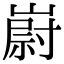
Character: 嶎